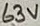
Text: 63V